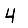
Digit: 4